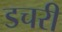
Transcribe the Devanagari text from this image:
डचरी